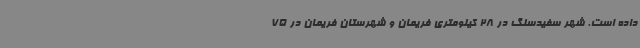
داده است. شهر سفیدسنگ در 28 کیلومتری فریمان و شهرستان فریمان در 75